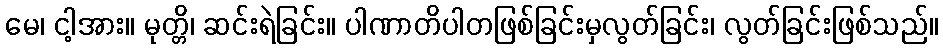
မေ၊ ငါ့အား။ မုတ္တိ၊ ဆင်းရဲခြင်း။ ပါဏာတိပါတဖြစ်ခြင်းမှလွတ်ခြင်း၊ လွတ်ခြင်းဖြစ်သည်။